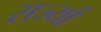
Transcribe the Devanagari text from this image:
सर्ज्या